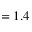
= 1 . 4